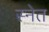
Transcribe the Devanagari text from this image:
स्नेत